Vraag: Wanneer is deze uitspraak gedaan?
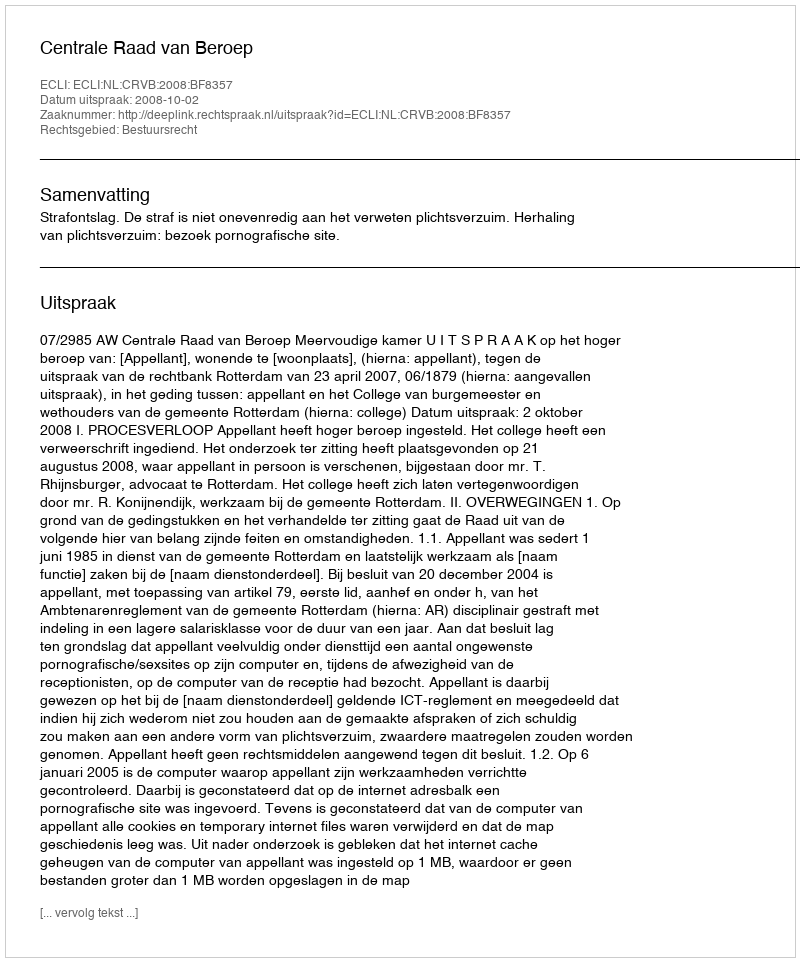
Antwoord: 2008-10-02